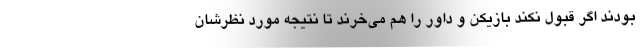
بودند اگر قبول نکند بازیکن و داور را هم می‌خرند تا نتیجه مورد نظرشان